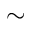
\sim